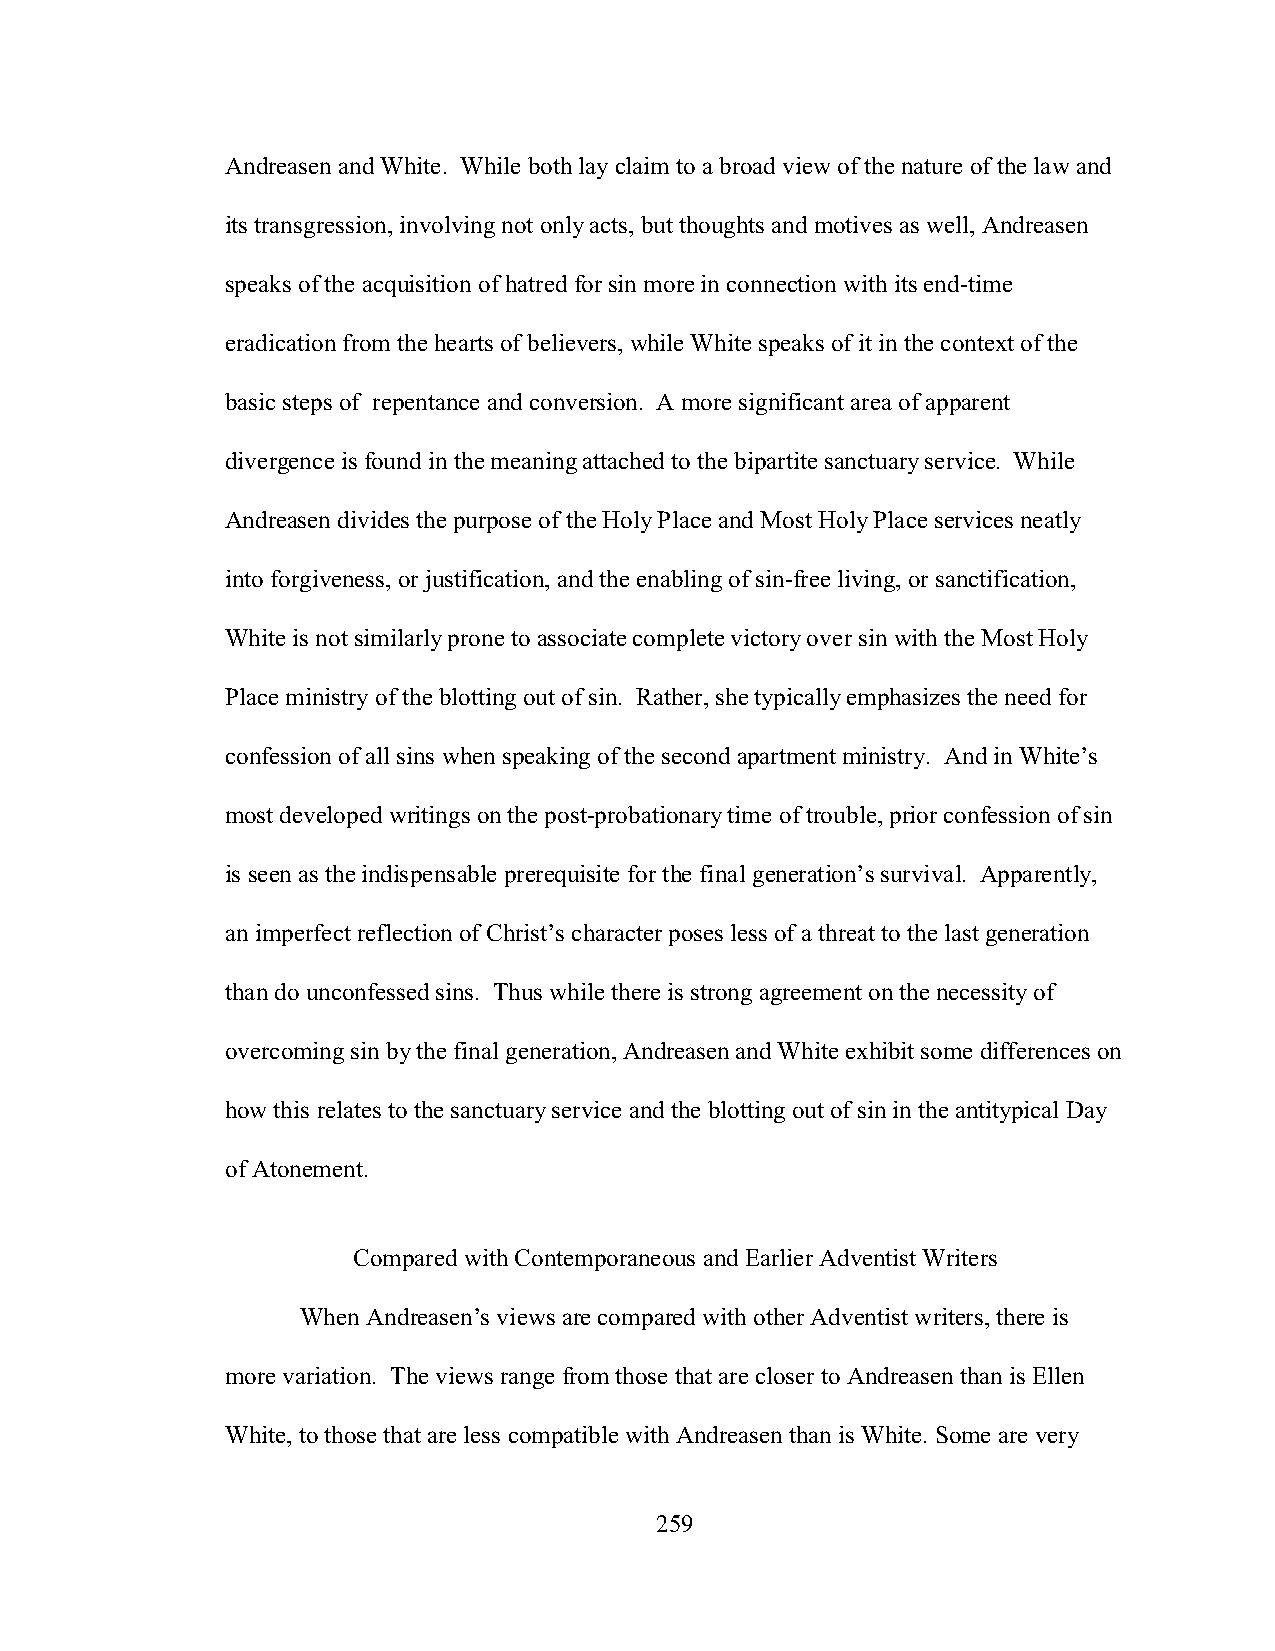
Andreasen and White. While both lay claim to a broad view of the nature of the law and
 its transgression, involving not only acts, but thoughts and motives as well, Andreasen
 speaks of the acquisition of hatred for sin more in connection with its end-time
 eradication from the hearts of believers, while White speaks of it in the context of the
 basic steps of repentance and conversion. A more significant area of apparent
 divergence is found in the meaning attached to the bipartite sanctuary service. While
 Andreasen divides the purpose of the Holy Place and Most Holy Place services neatly
 into forgiveness, or justification, and the enabling of sin-free living, or sanctification,
 White is not similarly prone to associate complete victory over sin with the Most Holy
 Place ministry of the blotting out of sin. Rather, she typically emphasizes the need for
 confession of all sins when speaking of the second apartment ministry. And in White’s
 most developed writings on the post-probationary time of trouble, prior confession of sin
 is seen as the indispensable prerequisite for the final generation’s survival. Apparently,
 an imperfect reflection of Christ’s character poses less of a threat to the last generation
 than do unconfessed sins. Thus while there is strong agreement on the necessity of
 overcoming sin by the final generation, Andreasen and White exhibit some differences on
 how this relates to the sanctuary service and the blotting out of sin in the antitypical Day
 of Atonement.
 Compared with Contemporaneous and Earlier Adventist Writers
 When Andreasen’s views are compared with other Adventist writers, there is
 more variation. The views range from those that are closer to Andreasen than is Ellen
 White, to those that are less compatible with Andreasen than is White. Some are very
 259